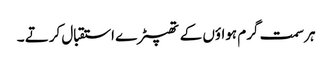
ہر سمت گرم ہواؤں کے تھپیڑے استقبال کرتے ۔